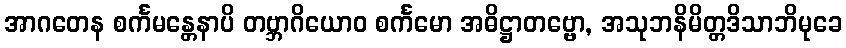
အာဂတေန စင်္ကမန္တေနာပိ တဗ္ဘာဂိယောဝ စင်္ကမော အဓိဋ္ဌာတဗ္ဗော, အသုဘနိမိတ္တဒိသာဘိမုခေ